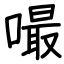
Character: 嘬